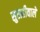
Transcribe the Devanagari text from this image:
सुराहीवाले